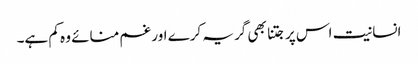
انسانیت اس پر جتنا بھی گریہ کرے اور غم منائے وہ کم ہے۔